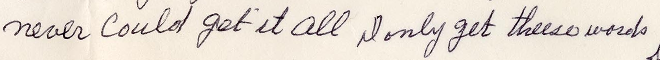
never could get it all I only get three words